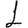
Digit: 1